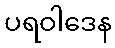
ပရဝါဒေန